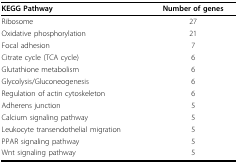
<table><thead><tr><td><b>KEGG Pathway</b></td><td><b>Number of genes</b></td></tr></thead><tbody><tr><td>Ribosome</td><td>27</td></tr><tr><td>Oxidative phosphorylation</td><td>21</td></tr><tr><td>Focal adhesion</td><td>7</td></tr><tr><td>Citrate cycle (TCA cycle)</td><td>6</td></tr><tr><td>Glutathione metabolism</td><td>6</td></tr><tr><td>Glycolysis/Gluconeogenesis</td><td>6</td></tr><tr><td>Regulation of actin cytoskeleton</td><td>6</td></tr><tr><td>Adherens junction</td><td>5</td></tr><tr><td>Calcium signaling pathway</td><td>5</td></tr><tr><td>Leukocyte transendothelial migration</td><td>5</td></tr><tr><td>PPAR signaling pathway</td><td>5</td></tr><tr><td>Wnt signaling pathway</td><td>5</td></tr></tbody></table>